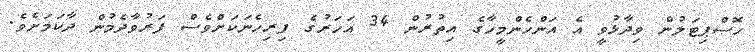
ހޮސްޕިޓަލުން ވިދާޅުވީ އެ އަންހެންމީހާގެ އިތުރުން 34 އަހަރުގެ ފިރިހެނަކަށްވެސް ފަރުވާދެމުން ދާކަމަށެވެ.